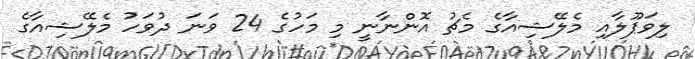
ލިވަޕޫލާއި މެލޭޝިއާގެ މެޗު އޮންނާނީ މި މަހުގެ 24 ވަނަ ދުވަހު މެލޭޝިއާގެ